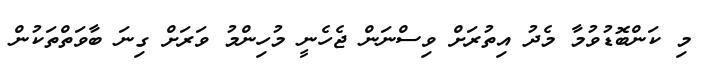
މި ކަންބޮޑުވުމާ މެދު އިތުރަށް ވިސްނަން ޖެހެނީ މުހިންމު ވަރަށް ގިނަ ބާވަތްތަކުން